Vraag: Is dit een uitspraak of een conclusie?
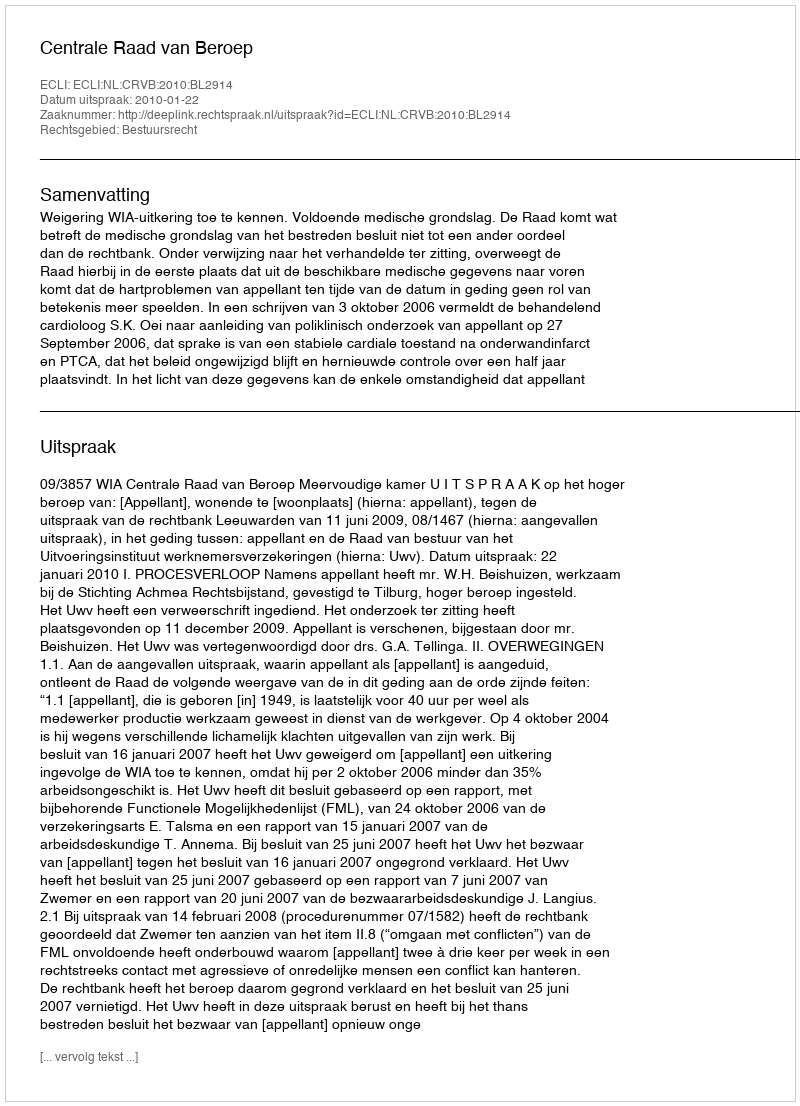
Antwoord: Uitspraak